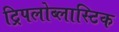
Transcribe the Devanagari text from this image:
ट्रिपलोब्लास्टिक